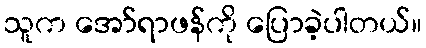
သူက အော်ရာဖန်ကို ပြောခဲ့ပါတယ်။